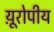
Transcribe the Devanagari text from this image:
य़ूरोपीय